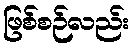
ဖြစ်စဉ်လည်း